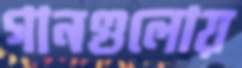
গানগুলোয়